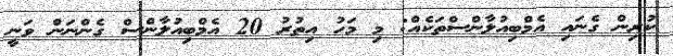
ކުރިން ގެނައި އެމްބިއުލާންސްތަކެއް: މި މަހު އިތުރު 20 އެމްބިއުލާންސް ގެންނަން ވަނީ